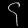
Digit: ၄